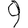
Digit: 9